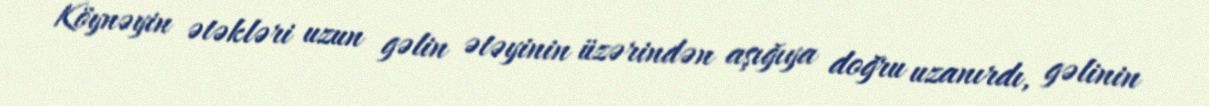
Köynəyin ətəkləri uzun gəlin ətəyinin üzərindən aşığıya doğru uzanırdı, gəlinin